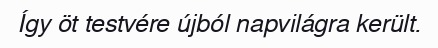
Így öt testvére újból napvilágra került.